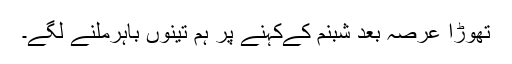
تھوڑا عرصہ بعد شبنم کےکہنے پر ہم تینوں باہرملنے لگے۔